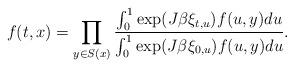
LaTeX: \begin{align*} f(t,x)=\prod_{y\in S(x)}{\int_0^1\exp(J\beta\xi_{t,u})f(u,y)du\over \int_0^1\exp(J\beta{\xi_{0,u}})f(u,y)du}. \end{align*}